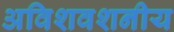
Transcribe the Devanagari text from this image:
अविशवशनीय